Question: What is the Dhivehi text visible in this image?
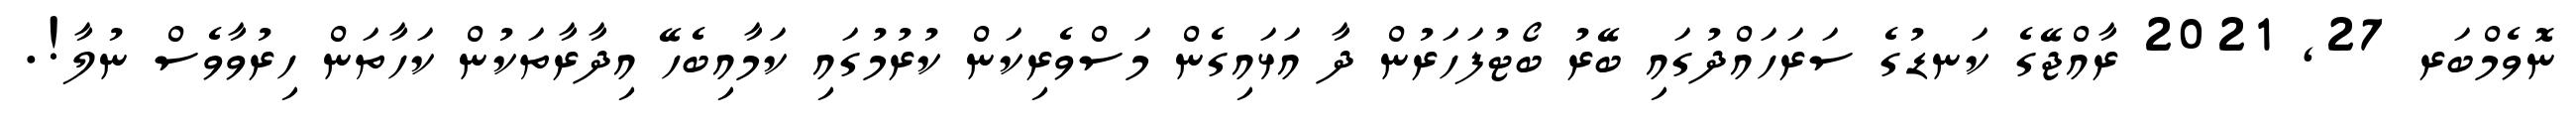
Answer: ނޮވެމްބަރ 27, 2021 ރާއްޖޭގެ ކަނޑުގެ ސަރަހައްދުގައި ބޭރު ބޯޓުފަހަރުން ދާ އަޅައިގެން މަސްވެރިކަން ކުރުމުގައި ކަމާއިބެހޭ އިދާރާތަކުން ކަހާތަން ހިރުވާވެސް ނުލާ!.